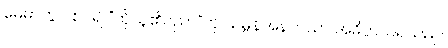
မေဓာတွင် စပ်၍ “ထိုသူ၏ပညာ”ဟု သမ္ဗန်အနက်သာ အဓိပ္ပာယ်ရသည်။